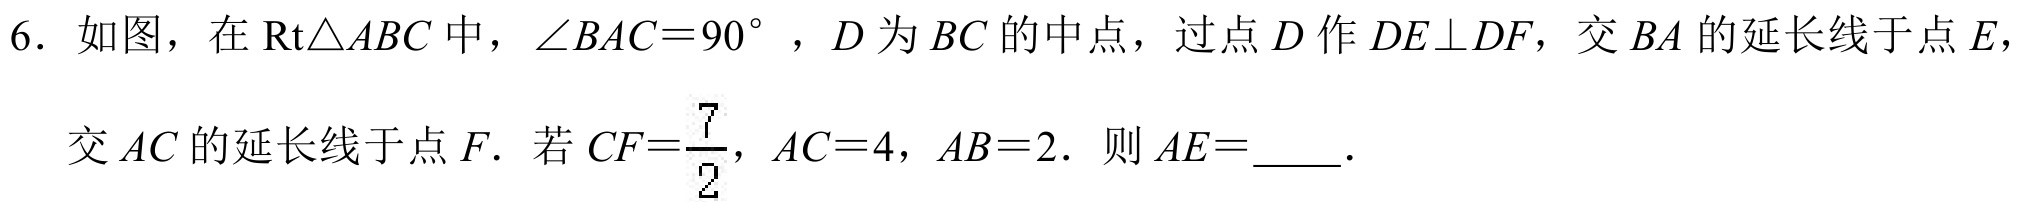
6. 如图，在$\text{Rt}\triangle ABC$中，$\angle BAC = 90^{\circ}$，$D$为$BC$的中点，过点$D$作$DE\perp DF$，交$BA$的延长线于点$E$，
交$AC$的延长线于点$F$．若$CF = \dfrac{7}{2}$，$AC = 4$，$AB = 2$．则$AE=$  ．